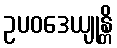
ဥပဝဒေယျုန္တိ